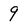
Character: 9